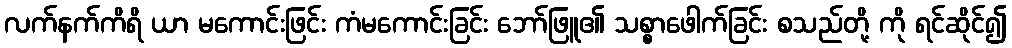
လက်နက်ကိရိ ယာ မကောင်းဖြင်း ကံမကောင်းခြင်း ဘော်ဖြူ၏ သစ္စာဖေါက်ခြင်း စသည်တို့ ကို ရင်ဆိုင်၍